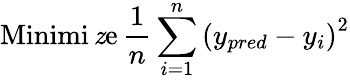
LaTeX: \operatorname{Minimi\mathit{z}e}\frac{{1}}{{n}}\sum_{i=1}^{n}\left(y_{pred}-y_{i}\right)^{2}